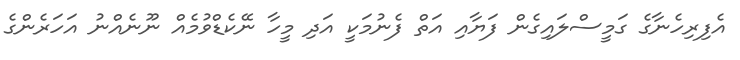
އެފިރިހެނާގެ ގަމީސްލައިގެން ފަޔާއި އަތް ފެނުމަކީ އަދި މީހާ ނޭކެޑްވުމެއް ނޫނެއްނު އަހަރެންގެ